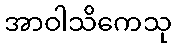
အာဝါသိကေသု